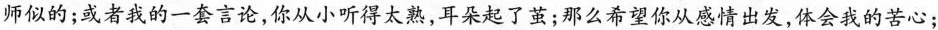
师似的；或者我的一套言论，你从小听得太熟，耳朵起了茧；那么希望你从感情出发，体会我的苦心；